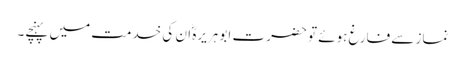
نماز سے فارغ ہوئے تو حضرت ابو ہریرہؓ ان کی خدمت میں پہنچے۔